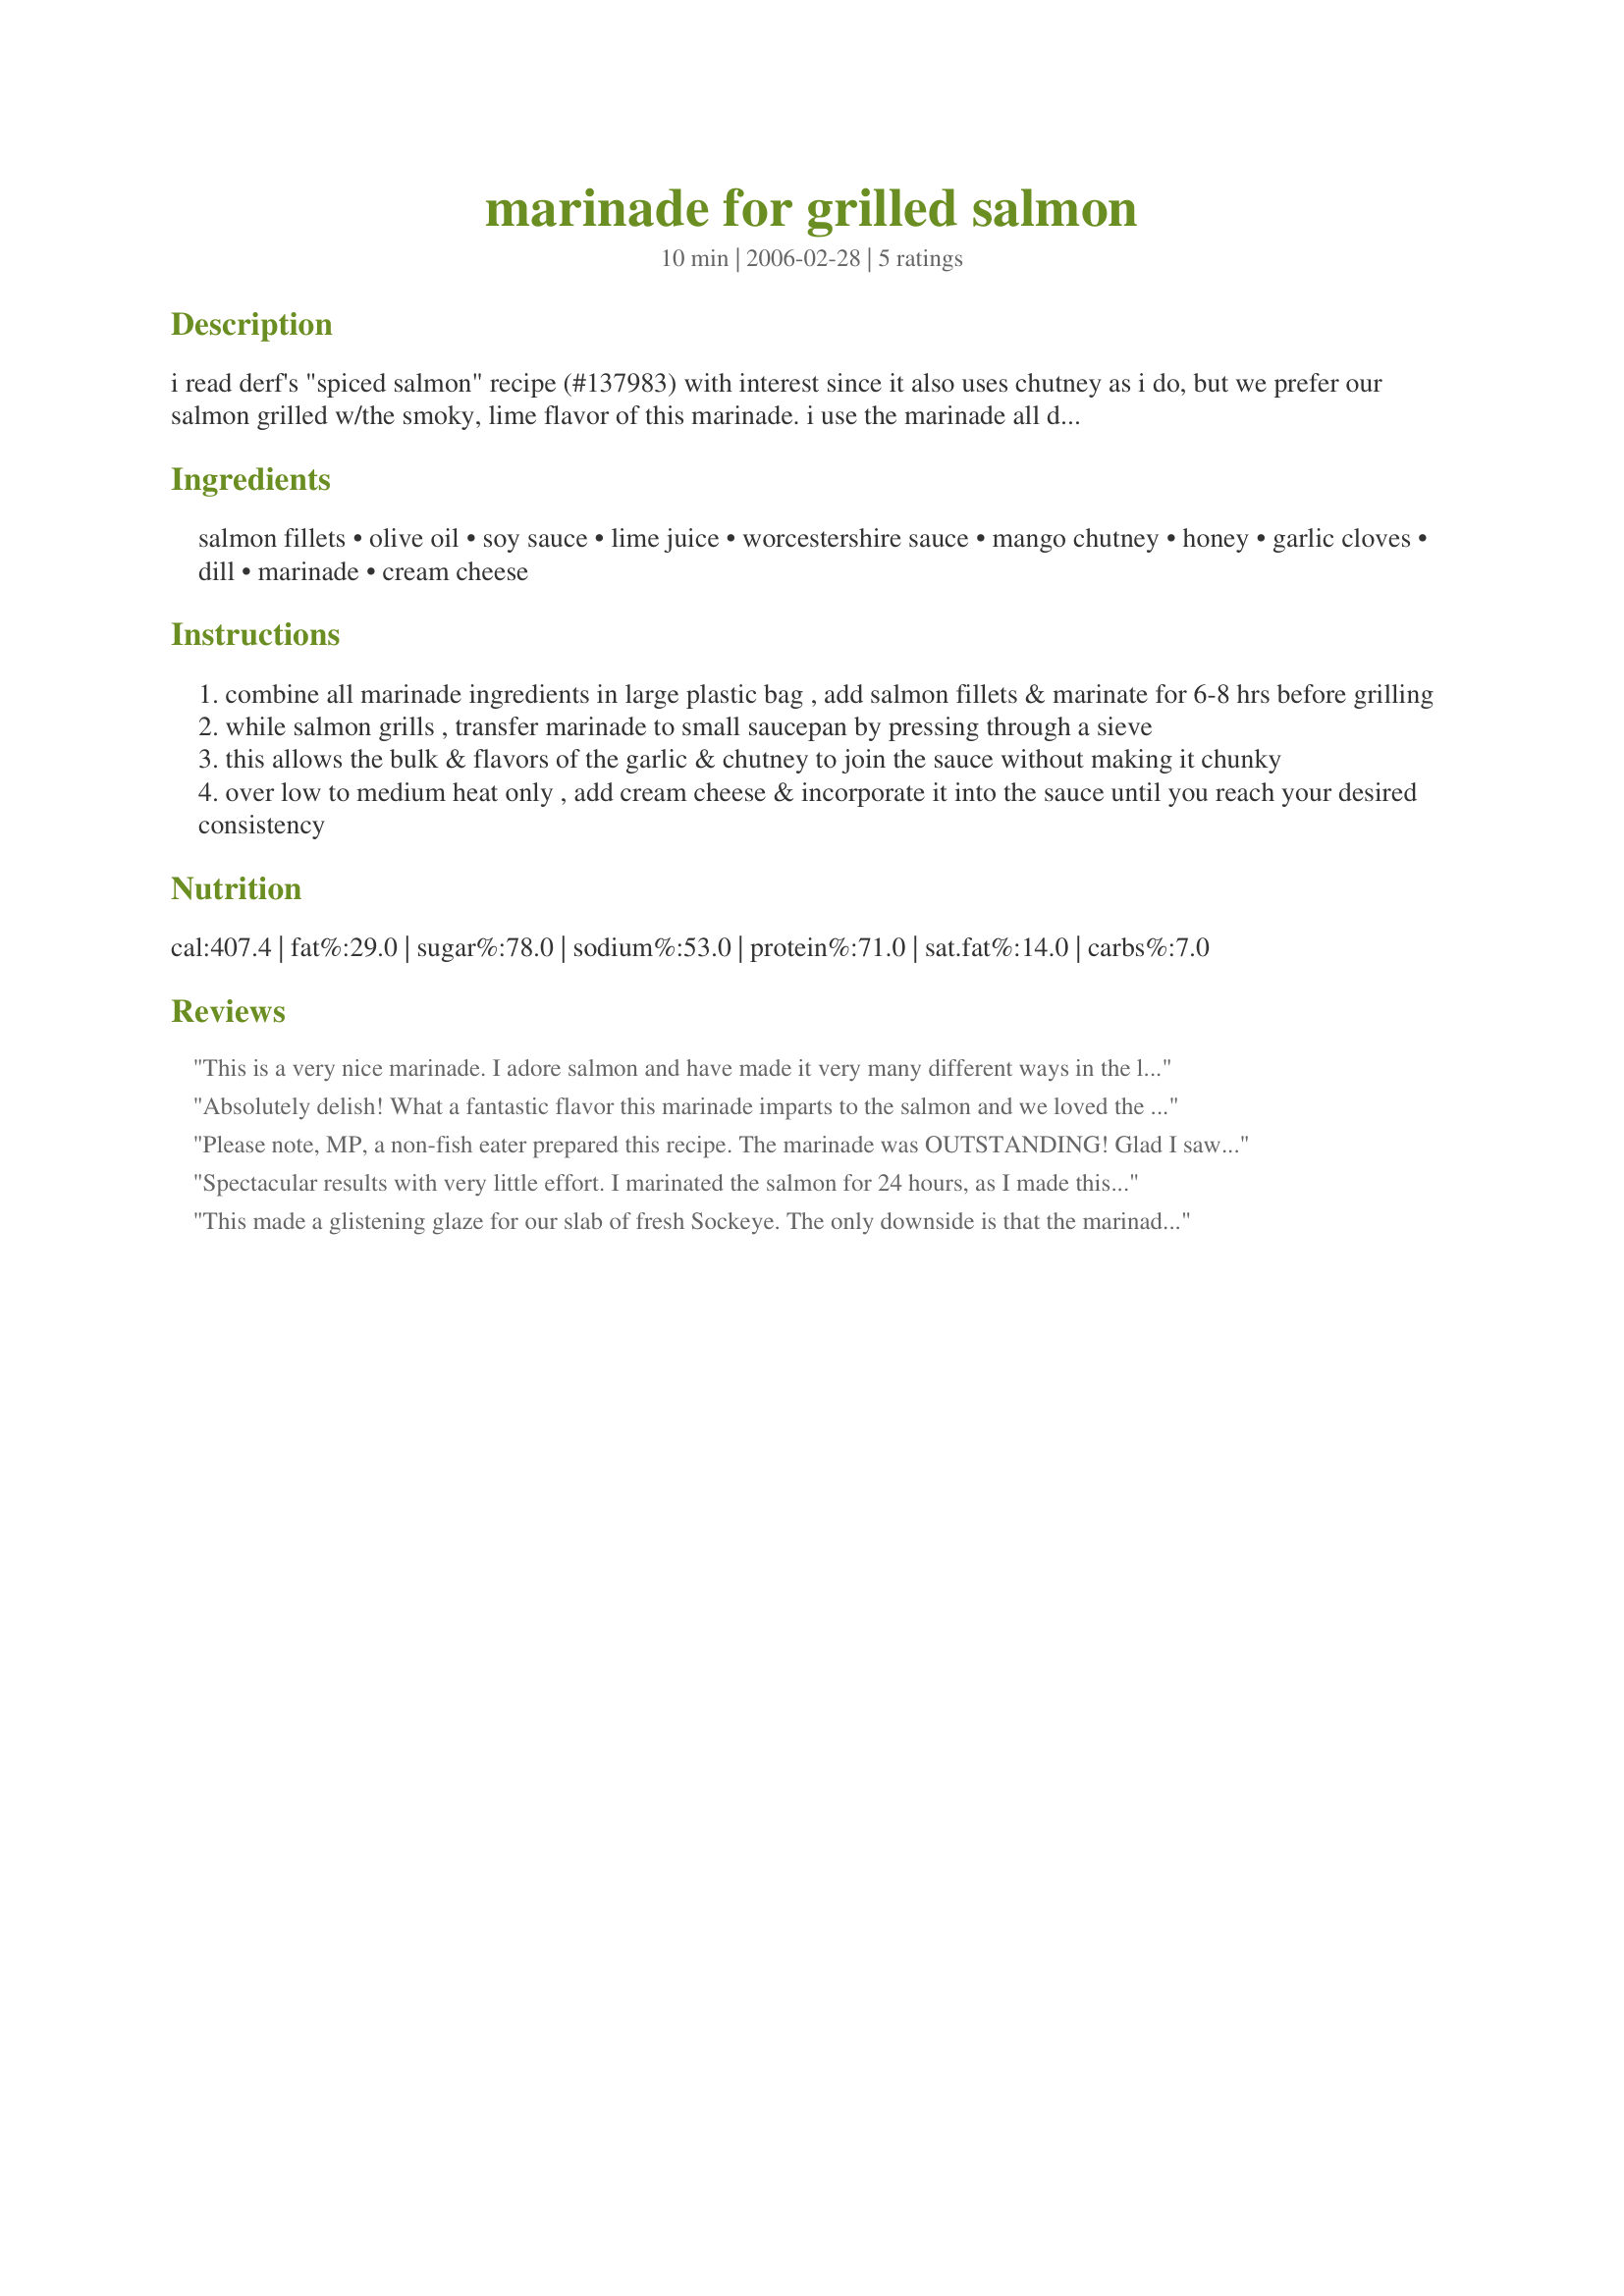
marinade for grilled salmon
Preparation time: 10 minutes

i read derf's "spiced salmon" recipe (#137983) with interest since it also uses chutney as i do, but we prefer our salmon grilled w/the smoky, lime flavor of this marinade. i use the marinade all day & then reserve it to use for a sauce i make while my dh grills the salmon. we love this & the combination of the salmon & the marinade sauce has been a big hit with our friends.

Ingredients:
salmon fillets, olive oil, soy sauce, lime juice, worcestershire sauce, mango chutney, honey, garlic cloves, dill, marinade, cream cheese

Steps:
combine all marinade ingredients in large plastic bag , add salmon fillets & marinate for 6-8 hrs before grilling
while salmon grills , transfer marinade to small saucepan by pressing through a sieve
this allows the bulk & flavors of the garlic & chutney to join the sauce without making it chunky
over low to medium heat only , add cream cheese & incorporate it into the sauce until you reach your desired consistency

Reviews:
This is a very nice marinade. I adore salmon and have made it very many different ways in the last few months (love to grill it) and this was a nice smokey version. I used the honey too - worked out quite nicely!
Absolutely delish! What a fantastic flavor this marinade imparts to the salmon and we loved the sauce as well. We are not big fish eaters, but we do love a great grilled salmon and this dish did not disappoint. My DD and her DH love salmon so I plan to make this dish for them very soon and of course, I plan to share the recipe as well. : )
Please note, MP, a non-fish eater prepared this recipe. The marinade was OUTSTANDING! Glad I saw your note about the honey - that really brings it home. That said, on to the fish. Considering the 105º outside temp, I opted for indoor grilling of the big, red thing that I don't even like to touch. Said red object was flaky & tender after 6 minutes on a contact grill. I sampled a bite just for you & Jer ate the rest of it, drizzled with sauce & a chunk of cream cheese on the side. Isn't he an odd little guy ? LU
Spectacular results with very little effort. I marinated the salmon for 24 hours, as I made this during the week. DH cooked the salmon on the barbeque, which gave us a crusty outside & very moist, succulent flesh. Lesson learned: don't use lite cream cheese, as it's part cottage cheese & I ended up with little white specks through the sauce - we didn't care, as it tasted soooo good. Made for Aus/NZ Recipe Swap #11 Dec 2007. Thanks twissis for sharing this wonderful recipe that I'm sure we'll eat time & time again.
This made a glistening glaze for our slab of fresh Sockeye. The only downside is that the marinade was so spectacular that we would have hoped for its flavors to show up more on the finished product. As it was, fantastic.
